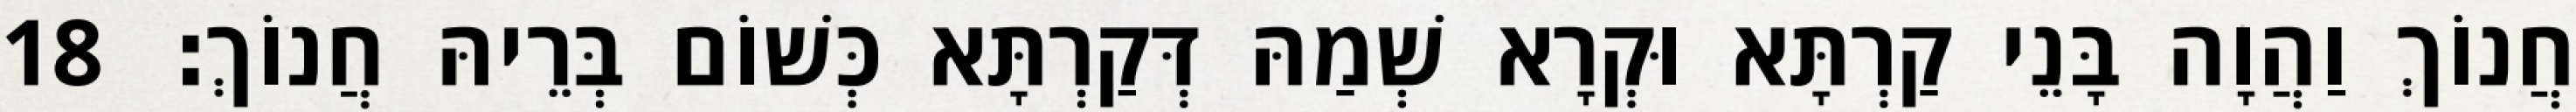
חֲנוֹךְ וַהֲוָה בָּנֵי קַרְתָּא וּקְרָא שְׁמַהּ דְּקַרְתָּא כְּשׁוֹם בְּרֵיהּ חֲנוֹךְ׃ 18